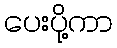
ပေးပို့ကာ